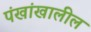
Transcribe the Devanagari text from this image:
पंखांखालील